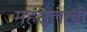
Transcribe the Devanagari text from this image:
महसुलाची